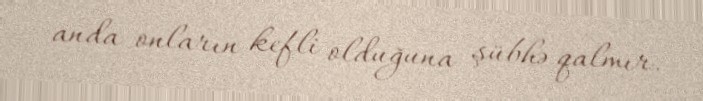
anda onların kefli olduğuna şübhə qalmır.